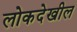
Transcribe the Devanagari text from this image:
लोकदेखील